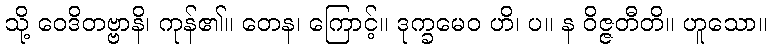
သို့ ဝေဒိတဗ္ဗာနိ၊ ကုန်၏။ တေန၊ ကြောင့်။ ဒုက္ခမေဝ ဟိ၊ ပ။ န ဝိဇ္ဇတီတိ။ ဟူသော။